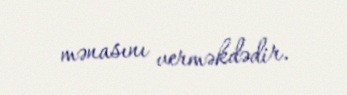
mənasını verməkdədir.